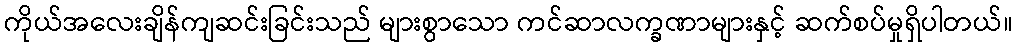
ကိုယ်အလေးချိန်ကျဆင်းခြင်းသည် များစွာသော ကင်ဆာလက္ခဏာများနှင့် ဆက်စပ်မှုရှိပါတယ်။